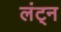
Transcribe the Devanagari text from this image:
लंट्न